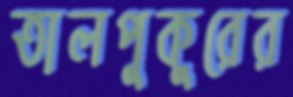
তালপুকুরের